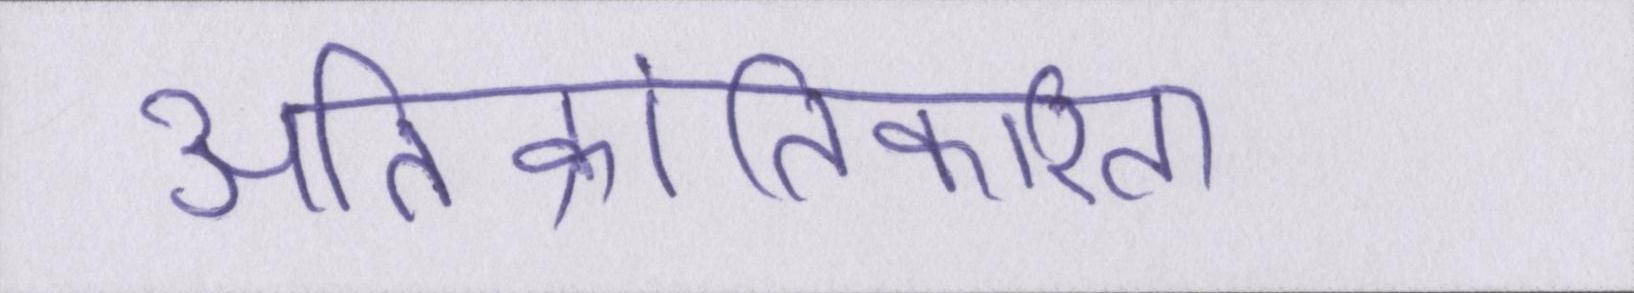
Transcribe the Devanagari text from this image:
अतिक्रांतिकारिता